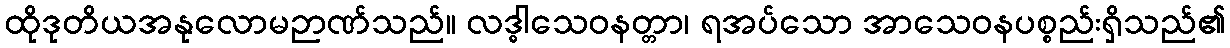
ထိုဒုတိယအနုလောမဉာဏ်သည်။ လဒ္ဓါသေဝနတ္တာ၊ ရအပ်သော အာသေဝနပစ္စည်းရှိသည်၏